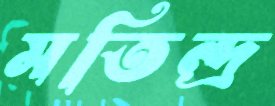
মতিন্দ্র